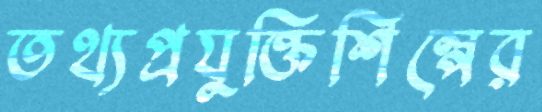
তথ্যপ্রযুক্তিশিল্পের